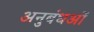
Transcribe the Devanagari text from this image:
अनुबंधओं